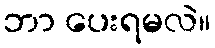
ဘာ ပေးရမလဲ။